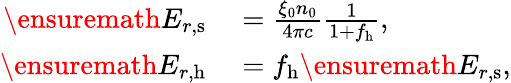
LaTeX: \begin{array}{rl}{\ensuremath{E_{r,\mathrm{s}}}}&{{}=\frac{\xi_{0}n_{0}}{4\pi c}\frac{1}{1+f_{\mathrm{h}}},}\\ {\ensuremath{E_{r,\mathrm{h}}}}&{{}=f_{\mathrm{h}}\ensuremath{E_{r,\mathrm{s}}},}\end{array}